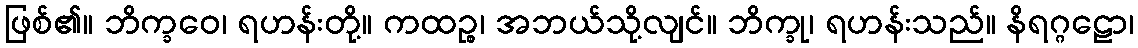
ဖြစ်၏။ ဘိက္ခဝေ၊ ရဟန်းတို့။ ကထဉ္စ၊ အဘယ်သို့လျင်။ ဘိက္ခု၊ ရဟန်းသည်။ နိရဂ္ဂဠော၊